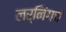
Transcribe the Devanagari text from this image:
लर्निंगचं